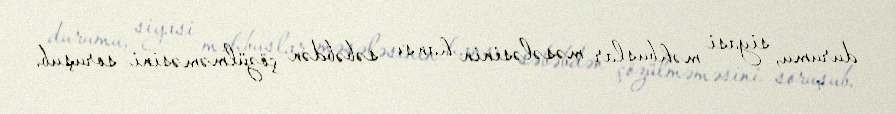
durumu, siyasi məhbuslar məsələsinin hansı səbəbdən çözülməməsini soruşub.